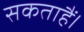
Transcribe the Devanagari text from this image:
सकताहैं।